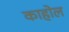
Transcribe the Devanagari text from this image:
काहोल